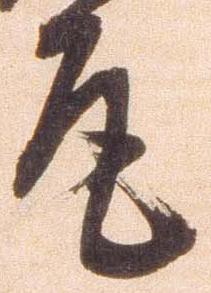
尾